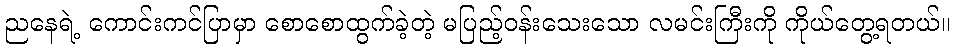
ညနေရဲ့ ကောင်းကင်ပြာမှာ စောစောထွက်ခဲ့တဲ့ မပြည့်ဝန်းသေးသော လမင်းကြီးကို ကိုယ်တွေ့ရတယ်။